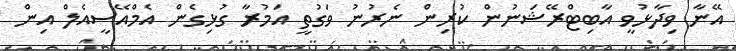
އޭނާ ވިދާޅުވީ އާބިޓްރޭޝަނުން ކުރިން ނެރުނު ވަގުތީ އަމުރާ ގުޅިގެން އެމްއޭސީއެލް އިން